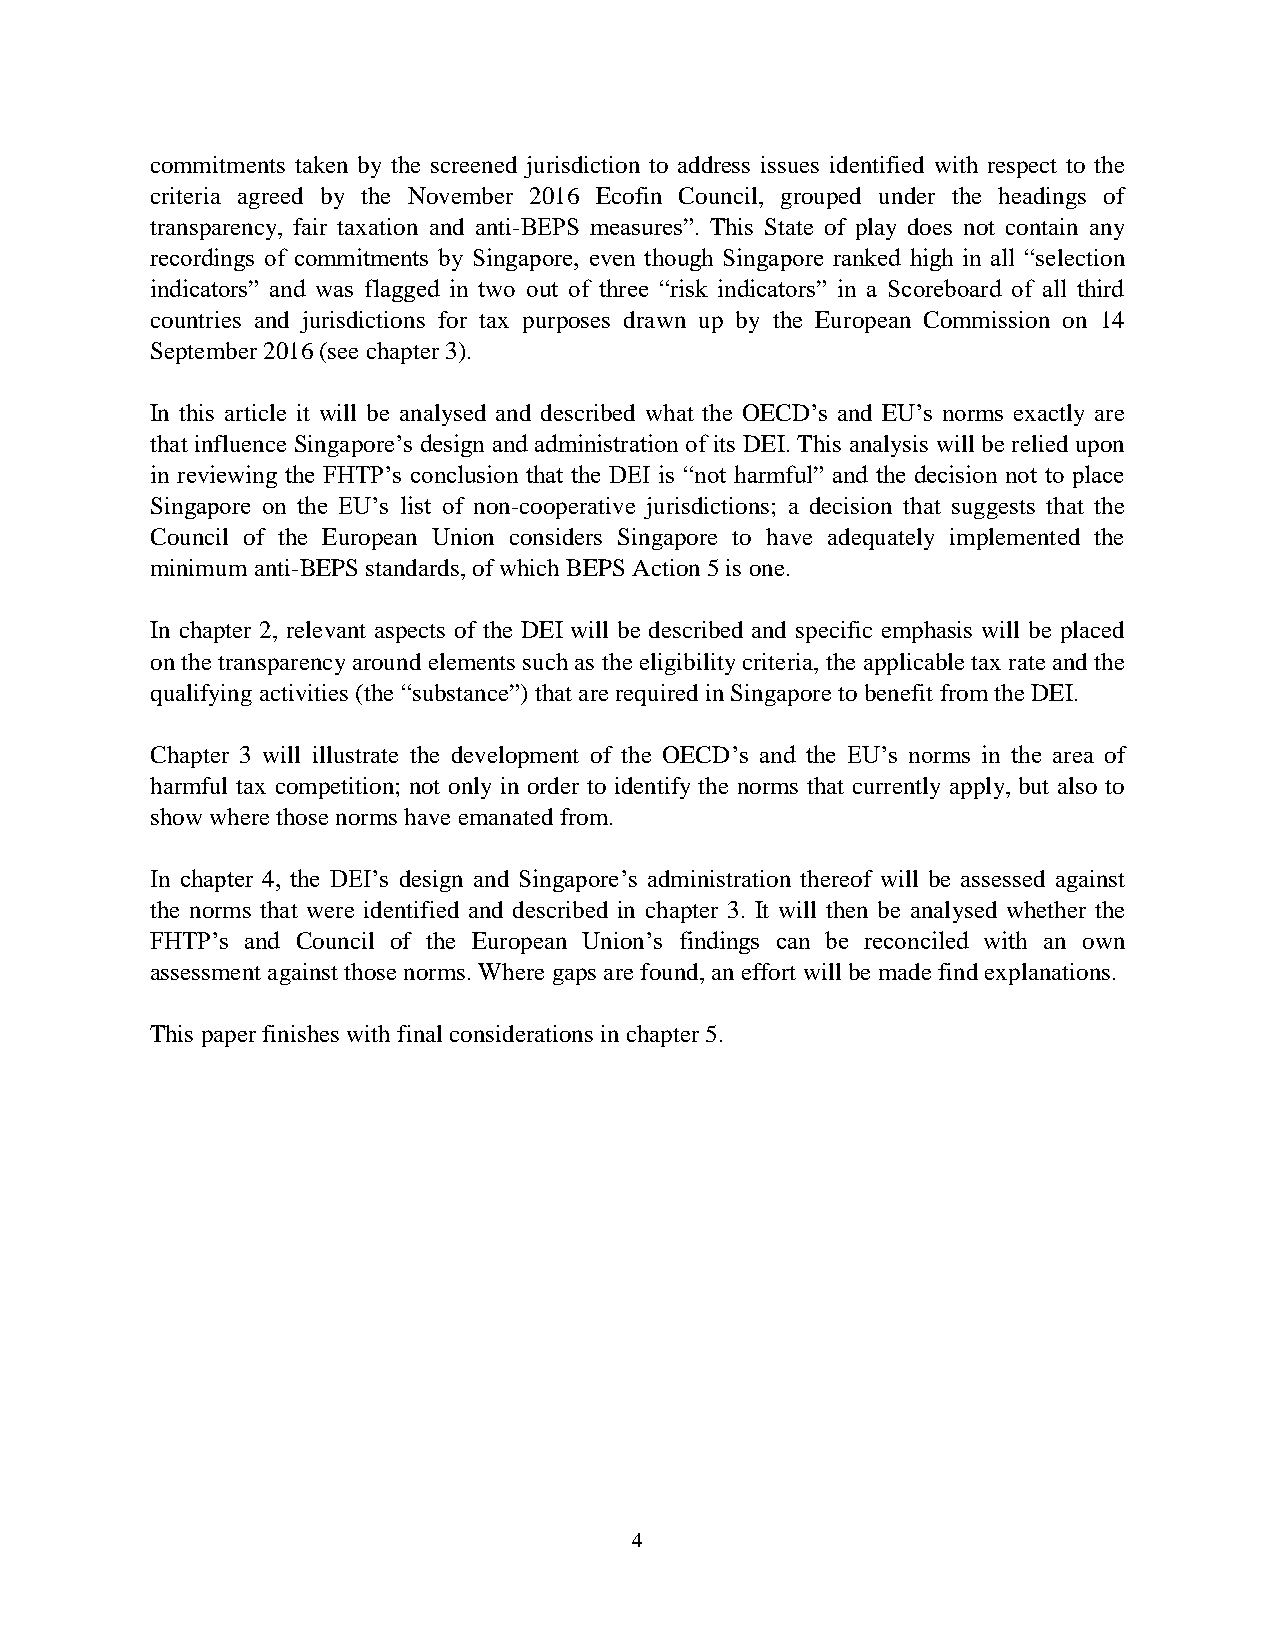
commitments taken by the screened jurisdiction to address issues identified with respect to the
 criteria agreed by the November 2016 Ecofin Council, grouped under the headings of
 transparency, fair taxation and anti-BEPS measures”. This State of play does not contain any
 recordings of commitments by Singapore, even though Singapore ranked high in all “selection
 indicators” and was flagged in two out of three “risk indicators” in a Scoreboard of all third
 countries and jurisdictions for tax purposes drawn up by the European Commission on 14
 September 2016 (see chapter 3).
 In this article it will be analysed and described what the OECD’s and EU’s norms exactly are
 that influence Singapore’s design and administration of its DEI. This analysis will be relied upon
 in reviewing the FHTP’s conclusion that the DEI is “not harmful” and the decision not to place
 Singapore on the EU’s list of non-cooperative jurisdictions; a decision that suggests that the
 Council of the European Union considers Singapore to have adequately implemented the
 minimum anti-BEPS standards, of which BEPS Action 5 is one.
 In chapter 2, relevant aspects of the DEI will be described and specific emphasis will be placed
 on the transparency around elements such as the eligibility criteria, the applicable tax rate and the
 qualifying activities (the “substance”) that are required in Singapore to benefit from the DEI.
 Chapter 3 will illustrate the development of the OECD’s and the EU’s norms in the area of
 harmful tax competition; not only in order to identify the norms that currently apply, but also to
 show where those norms have emanated from.
 In chapter 4, the DEI’s design and Singapore’s administration thereof will be assessed against
 the norms that were identified and described in chapter 3. It will then be analysed whether the
 FHTP’s and Council of the European Union’s findings can be reconciled with an own
 assessment against those norms. Where gaps are found, an effort will be made find explanations.
 This paper finishes with final considerations in chapter 5.
 4